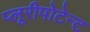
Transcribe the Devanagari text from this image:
प्लूरीपोटेन्ट